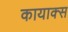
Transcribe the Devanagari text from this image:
कायाक्स